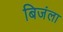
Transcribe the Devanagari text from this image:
बिजंला